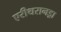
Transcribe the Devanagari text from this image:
एरीथरानड्रा